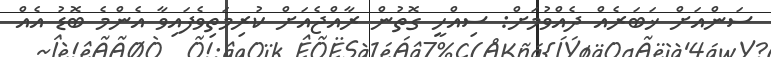
ސަންއަށް ޚަބަރެއް ދެއްވުމަށް: ސިއްހީ ގޮތުން ރާއްޖެއަށް ކުރިމަތިވެފައިވާ އެންމެ ބޮޑު އެއް